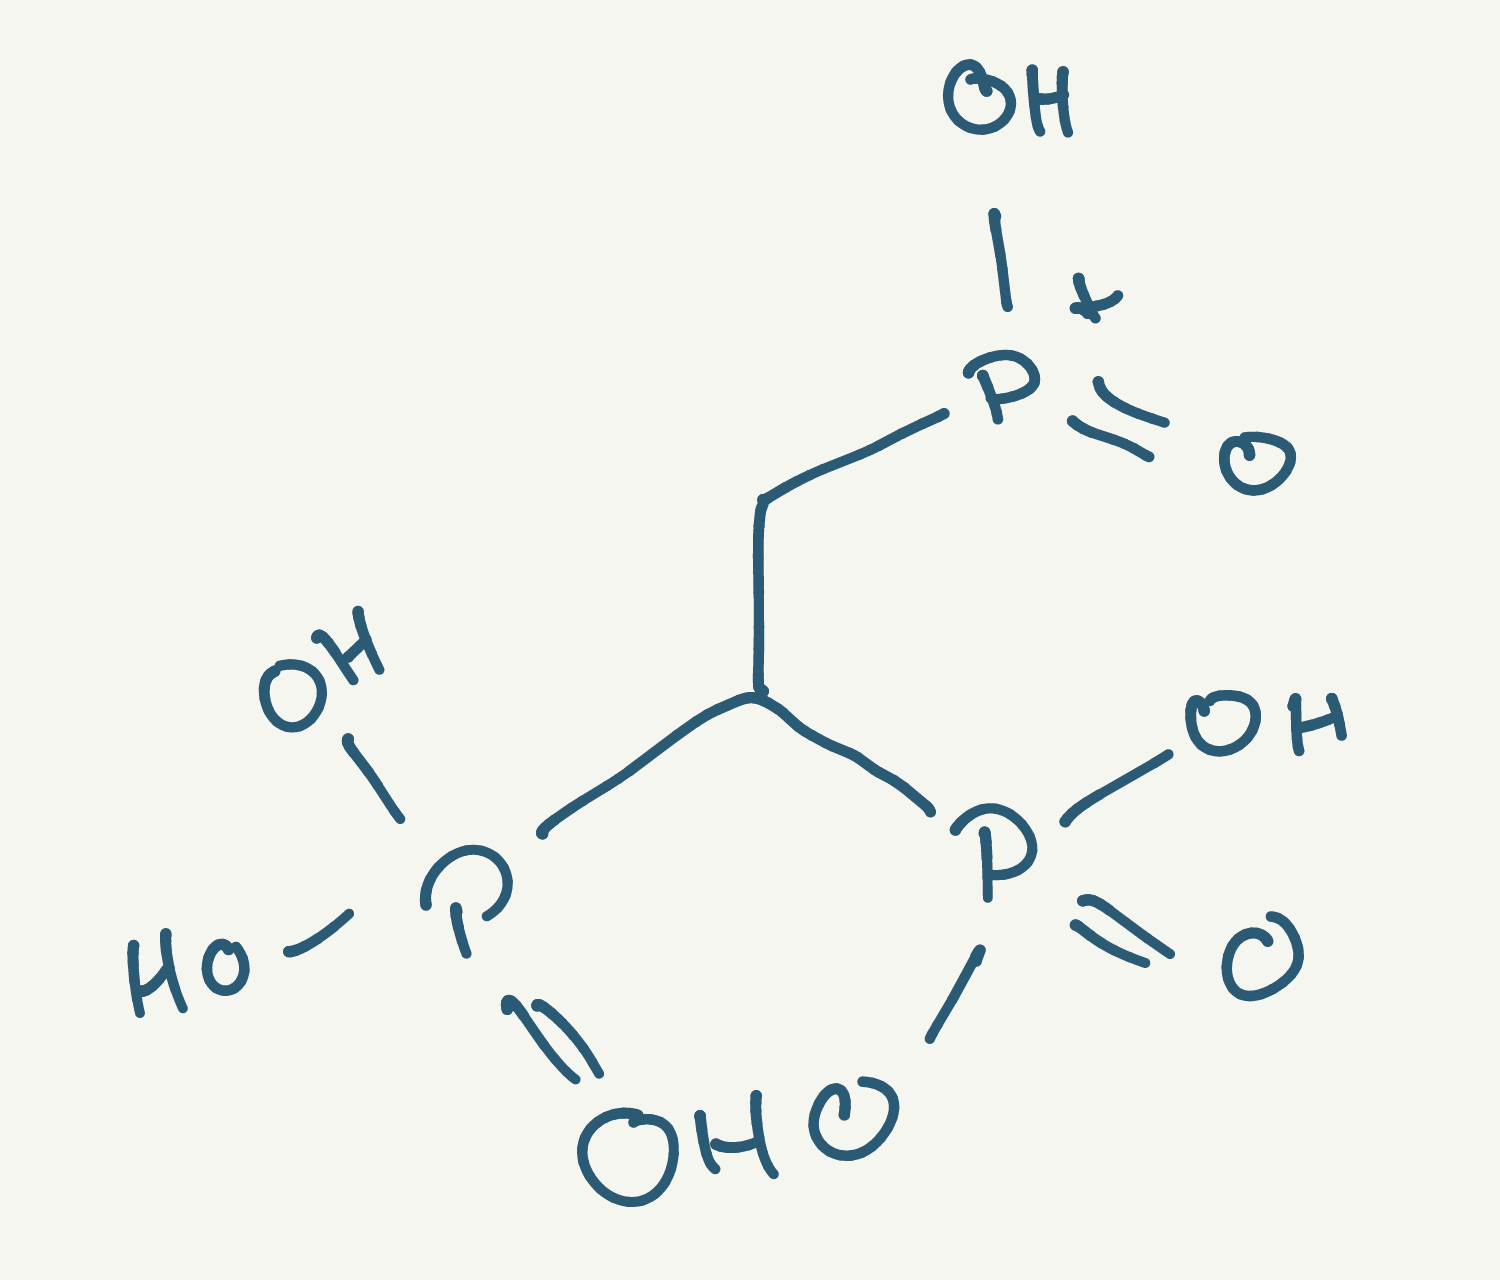
Simplified molecular-input line-entry system (SMILES) notation of the given molecule:
C(C(P(=O)(O)O)P(=O)(O)O)[P+](=O)O